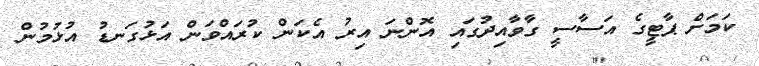
ކަމަށް ޕާޓީގެ އަސާސީ ގާވާއިދުގައި އޮންނަ އިރު އެކަން ކުރައްވަން އަޅުގަނޑު އުޅުމުން